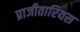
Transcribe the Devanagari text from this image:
प्राजीतारियस